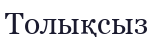
Толықсыз